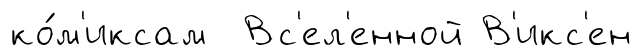
ко́м'иксам Вс'ел'енной В'икс'ен